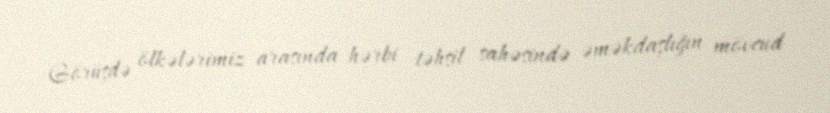
Görüşdə ölkələrimiz arasında hərbi təhsil sahəsində əməkdaşlığın mövcud